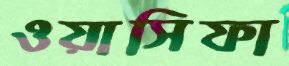
ওয়াসিফা